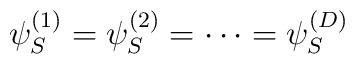
\psi_S^{(1)}=\psi_S^{(2)}=\cdots=\psi_S^{(D)}